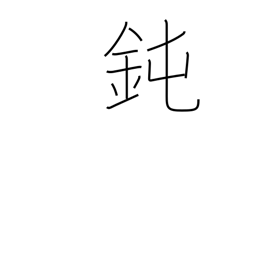
Meaning: foolish